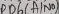
Text: PB6